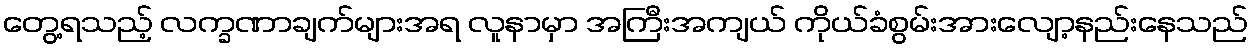
တွေ့ရသည့် လက္ခဏာချက်များအရ လူနာမှာ အကြီးအကျယ် ကိုယ်ခံစွမ်းအားလျော့နည်းနေသည်